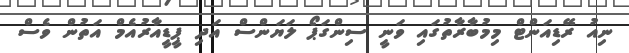
ނިއު ރޭޑިއަންޓް މިމުބާރާތުގައި ވަނީ ސިންގަޕޯ ލަޔަންސް އަދި ޕީޑީއާރުއެމް އަަތުން ވެސް